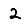
Digit: 2